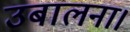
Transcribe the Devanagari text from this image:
उबालना।